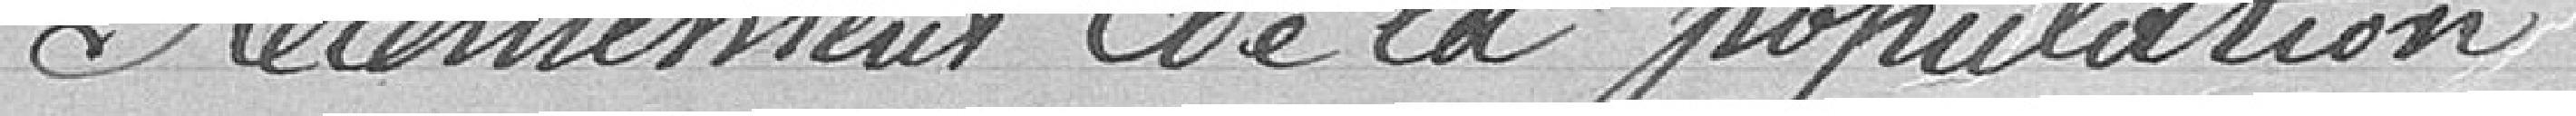
Recensement de la population